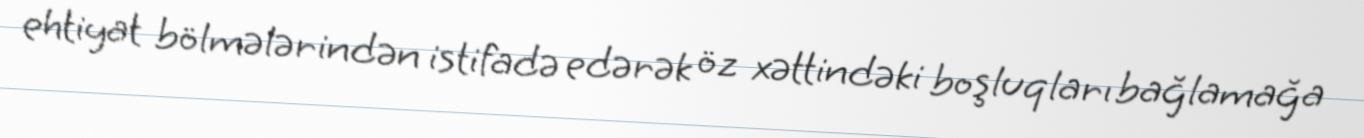
ehtiyat bölmələrindən istifadə edərək öz xəttindəki boşluqları bağlamağa